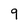
Character: 9